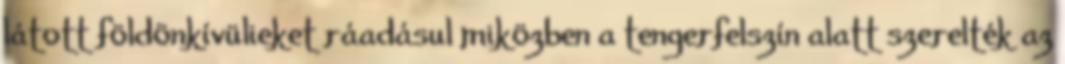
látott földönkívülieket ráadásul miközben a tengerfelszín alatt szerelték az